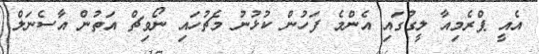
އެއީ ޕްރެމިއާ ލީގުގައި އެންމެ ފަހުން ކުޅުނު މެޗުހައި ނޯވިޗް އަތުން އާސެނަލް